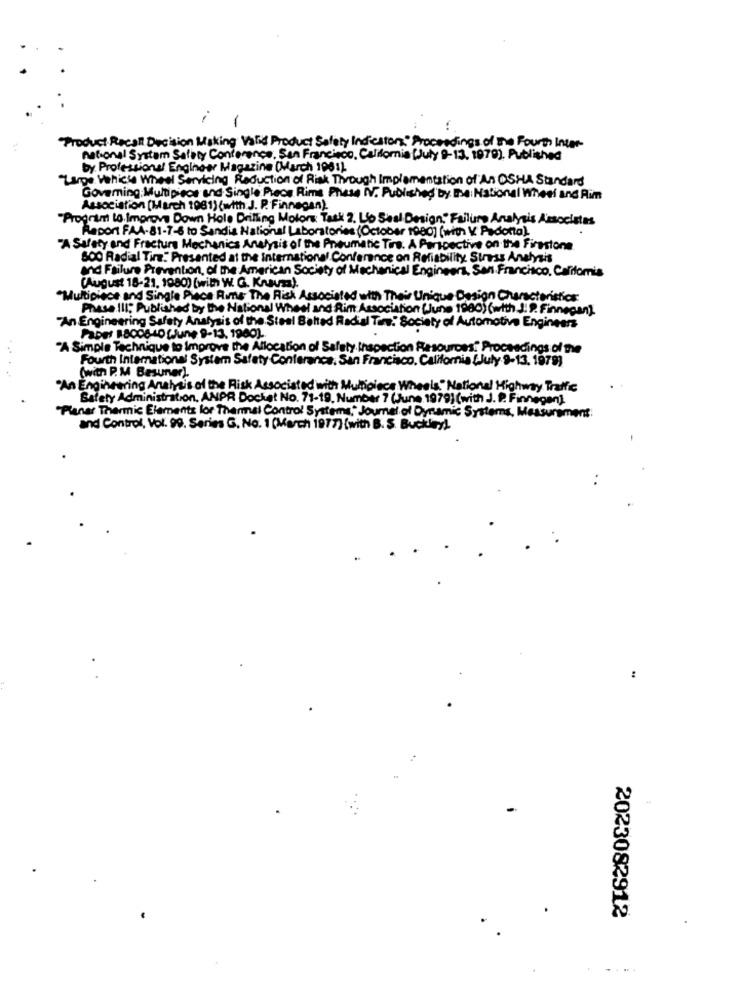
-
Product Recall Decision Making Valid Product Safety Indicators:" Proceedings of the Fourth Inter-
national System Safety Conference, San Francisco, California [July 9-13. 1979). Published
by Professional Enginoer Magazine (March 1981)
"Lange Vehicle Wheel Servicing Reduction of Riak Though Implementation of An OSHA Standard
Governing: Multipiece and Single Piece Rime Phase V. Published by the National Wheel and Rim
Association (March 1081) (with J. P. Finnegan)
"Program to. Improve Down Hole Drilling Motor Task 2. L'o Seal Design," Failure Analysis Associates
Report FAA.81-7-6 to Sandia National Laboratories (October 19eo) (with V. Padotta).
"A Safety and Fracture Mechanics Analysis of the Pneumatic Tira. A Perspective on the Firestone
500 Radial Tira. Presented at the International Conference on Reliability Stress Analysis
and Failure Prevention, of the American Society of Mechanical Engineers, San Francisco, California
(August 18-21, 1980) (with W. G. Kraus).
"Multipiece and Single Piace Rime The Risk Associated with Their Unique Design Characteristics:
Phase III; Published by the National Wheel and Rim Association (June 1980) (with J. P. Finnegan]
"An Engineering Safety Analysis of the Steel Belted Radial Tone." Society of Automotive Engineers
PODES 18006-4OfJune 9-13. 1900).
"A Simple Technique to Improve the Allocation of Safety Inspection Resources! Proceedings of the
Fourth International System Safety Conferance. San Francisco, California (July 9-13, 1979)
(with P. M Basuner).
"An Engineering Anatrais of the Risk Associated with Multipiace Wheels"National Highway Traffic
Safety Administration. ANPR Docket No. 71-19. Number 7 (June 1979) (with J. P. Finnegan]
Planar Thermic Elements lor Thermal Control Systems," Journal of Dynamic Systems, Measurement:
and Control, Vol. 99. Series G. No. 1 (March 1977) (with B. S. Buckley).
:
-
2023082912